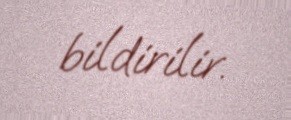
bildirilir.